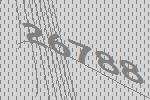
26788